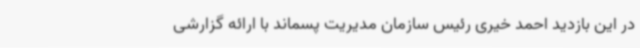
در این بازدید احمد خیری رئیس سازمان مدیریت پسماند با ارائه گزارشی